Report on malaria in the Punjab during the year ...  together with an account of the work of the Punjab Malaria Bureau - Volume 4
Disease focus: Malaria
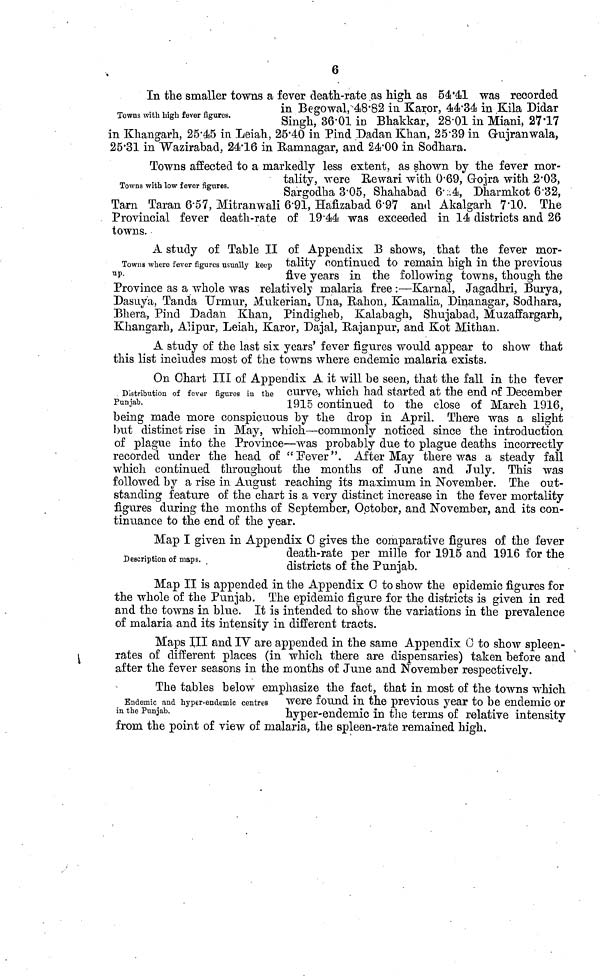
6
Towns with high fever figures.
In the smaller towns a fever death-rate as 5441 was recorded
in Begowal 48·82 in Karor, 44·34 in Kila Didar
Sins;h, 36·01 in Bhakkar, 28·01 in Miani, 27·17
in Khangarh, 25·45 in Leiah, 25·40 in Pind Dadan Khan, 25·39 in Gujranwala,
25·31 in Wazirabad, 24·16 in Ramnagar, and 24·00 in Sodhara.
Towns with low fever figures.
Towns affected to a markedly less extent, as shown by the fever mor-
tality, were Rewari with 0·69, Gojra with ,2·03,
Sargodha 3·05, Shahabad 6·\ill\4, Dharmkot 6·32,
Tarn Taran 6·57, Mitranwali 6·91, Hafizabad 6·97 and Akalgarh 7·10. The
Provincial fever death-rate of 19·44 was exceeded in 14 districts and 26
towns.
Towns where fever figures usually keep
A study of Table II of Appendix B shows, that the fever mor-
tality continued to remain high in the previous
five years in the following towns, though the
Province as a whole was relatively malaria free :—Karnal, Jagadhri, Burya,
Dasuya, Tanda Urmur, Mukerian, Una, Bahon, Kamalia, Dinanagar, Sodhara,
Bhera, Pind Dadan Khan, Pindigheb, Kalabagh, Shujabad, Muzaffargarh,
Khangarh, Alipur, Leiah, Karor, Dajal, Rajanpur, and Kot Mithan.
A study of the last six years' fever figures would appear to show that
this list includes most of the towns where endemic malaria exists.
Distribution of fever figures in the
Punjab.
On Chart III of Appendix A it will be seen, that the fall in the fever
curve, which had started at the end of December
1915 continued to the close of March 1916,
being made more conspicuous by the drop in April. There was a slight
but distinct rise in May, which—commonly noticed since the introduction
of plague into the Province—was probably due to plague deaths incorrectly
recorded under the head of "Fever". After May there was a steady fall
which continued throughout the months of June and July. This was
followed by a rise in August reaching its maximum in November. The out-
standing feature of the chart is a very distinct increase in the fever mortality
figures during the months of September, October, and November, and its con-
tinuance to the end of the year.
Description of maps.
Map I given in Appendix C gives the comparative figures of the fever
death-rate per mille for 1915 and 1916 for the
districts of the Punjab.
Map II is appended in the Appendix C to show the epidemic figures for
the whole of the Punjab. The epidemic figure for the districts is given in red
and the towns in blue. It is intended to show the variations in the prevalence
of malaria and its intensity in different tracts.
Maps III and IV are appended in the same Appendix 0 to show spleen-
rates of different places (in which there are dispensaries) taken before and
after the fever seasons in the months of June and November respectively.
Endemic and hyper-endemic centres
in the Punjab.
The tables below emphasize the fact, that in most of the towns which
were found in the previous year to be endemic or
hyper-endemic in the terms of relative intensity
from the point of view of malaria, the spleen-rate remained high.